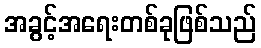
အခွင့်အရေးတစ်ခုဖြစ်သည်